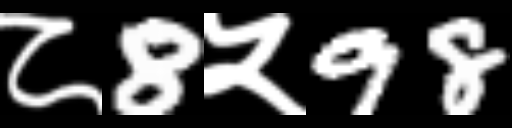
Text: ८8५98